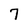
Character: 7